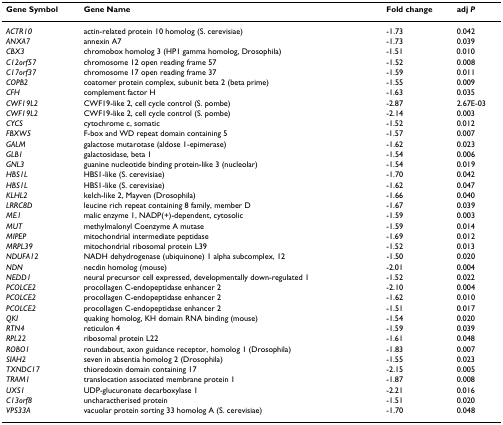
<table><thead><tr><td><b>Gene Symbol</b></td><td><b>Gene Name</b></td><td><b>Fold change</b></td><td><b>adj <i>P</i></b></td></tr></thead><tbody><tr><td><i>ACTR10</i></td><td>actin-related protein 10 homolog (S. cerevisiae)</td><td>-1.73</td><td>0.042</td></tr><tr><td><i>ANXA7</i></td><td>annexin A7</td><td>-1.73</td><td>0.039</td></tr><tr><td><i>CBX3</i></td><td>chromobox homolog 3 (HP1 gamma homolog, Drosophila)</td><td>-1.51</td><td>0.010</td></tr><tr><td><i>C12orf57</i></td><td>chromosome 12 open reading frame 57</td><td>-1.52</td><td>0.008</td></tr><tr><td><i>C17orf37</i></td><td>chromosome 17 open reading frame 37</td><td>-1.59</td><td>0.011</td></tr><tr><td><i>COPB2</i></td><td>coatomer protein complex, subunit beta 2 (beta prime)</td><td>-1.55</td><td>0.009</td></tr><tr><td><i>CFH</i></td><td>complement factor H</td><td>-1.63</td><td>0.035</td></tr><tr><td><i>CWF19L2</i></td><td>CWF19-like 2, cell cycle control (S. pombe)</td><td>-2.87</td><td>2.67E-03</td></tr><tr><td><i>CWF19L2</i></td><td>CWF19-like 2, cell cycle control (S. pombe)</td><td>-2.14</td><td>0.003</td></tr><tr><td><i>CYCS</i></td><td>cytochrome c, somatic</td><td>-1.52</td><td>0.012</td></tr><tr><td><i>FBXW5</i></td><td>F-box and WD repeat domain containing 5</td><td>-1.57</td><td>0.007</td></tr><tr><td><i>GALM</i></td><td>galactose mutarotase (aldose 1-epimerase)</td><td>-1.62</td><td>0.023</td></tr><tr><td><i>GLB1</i></td><td>galactosidase, beta 1</td><td>-1.54</td><td>0.006</td></tr><tr><td><i>GNL3</i></td><td>guanine nucleotide binding protein-like 3 (nucleolar)</td><td>-1.54</td><td>0.019</td></tr><tr><td><i>HBS1L</i></td><td>HBS1-like (S. cerevisiae)</td><td>-1.70</td><td>0.042</td></tr><tr><td><i>HBS1L</i></td><td>HBS1-like (S. cerevisiae)</td><td>-1.62</td><td>0.047</td></tr><tr><td><i>KLHL2</i></td><td>kelch-like 2, Mayven (Drosophila)</td><td>-1.66</td><td>0.040</td></tr><tr><td><i>LRRC8D</i></td><td>leucine rich repeat containing 8 family, member D</td><td>-1.67</td><td>0.039</td></tr><tr><td><i>ME1</i></td><td>malic enzyme 1, NADP(+)-dependent, cytosolic</td><td>-1.59</td><td>0.003</td></tr><tr><td><i>MUT</i></td><td>methylmalonyl Coenzyme A mutase</td><td>-1.59</td><td>0.014</td></tr><tr><td><i>MIPEP</i></td><td>mitochondrial intermediate peptidase</td><td>-1.69</td><td>0.012</td></tr><tr><td><i>MRPL39</i></td><td>mitochondrial ribosomal protein L39</td><td>-1.52</td><td>0.013</td></tr><tr><td><i>NDUFA12</i></td><td>NADH dehydrogenase (ubiquinone) 1 alpha subcomplex, 12</td><td>-1.50</td><td>0.020</td></tr><tr><td><i>NDN</i></td><td>necdin homolog (mouse)</td><td>-2.01</td><td>0.004</td></tr><tr><td><i>NEDD1</i></td><td>neural precursor cell expressed, developmentally down-regulated 1</td><td>-1.52</td><td>0.022</td></tr><tr><td><i>PCOLCE2</i></td><td>procollagen C-endopeptidase enhancer 2</td><td>-2.10</td><td>0.004</td></tr><tr><td><i>PCOLCE2</i></td><td>procollagen C-endopeptidase enhancer 2</td><td>-1.62</td><td>0.010</td></tr><tr><td><i>PCOLCE2</i></td><td>procollagen C-endopeptidase enhancer 2</td><td>-1.51</td><td>0.017</td></tr><tr><td><i>QKI</i></td><td>quaking homolog, KH domain RNA binding (mouse)</td><td>-1.54</td><td>0.020</td></tr><tr><td><i>RTN4</i></td><td>reticulon 4</td><td>-1.59</td><td>0.039</td></tr><tr><td><i>RPL22</i></td><td>ribosomal protein L22</td><td>-1.61</td><td>0.048</td></tr><tr><td><i>ROBO1</i></td><td>roundabout, axon guidance receptor, homolog 1 (Drosophila)</td><td>-1.83</td><td>0.007</td></tr><tr><td><i>SIAH2</i></td><td>seven in absentia homolog 2 (Drosophila)</td><td>-1.55</td><td>0.023</td></tr><tr><td><i>TXNDC17</i></td><td>thioredoxin domain containing 17</td><td>-2.15</td><td>0.005</td></tr><tr><td><i>TRAM1</i></td><td>translocation associated membrane protein 1</td><td>-1.87</td><td>0.008</td></tr><tr><td><i>UXS1</i></td><td>UDP-glucuronate decarboxylase 1</td><td>-2.21</td><td>0.016</td></tr><tr><td><i>C13orf8</i></td><td>uncharactherised protein</td><td>-1.51</td><td>0.020</td></tr><tr><td><i>VPS33A</i></td><td>vacuolar protein sorting 33 homolog A (S. cerevisiae)</td><td>-1.70</td><td>0.048</td></tr></tbody></table>